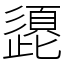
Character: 頾